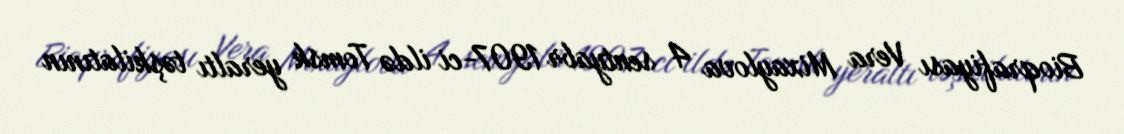
Bioqrafiyası Vera Mixaylova 4 sentyabr 1907-ci ildə Tomsk yeraltı təşkilatının